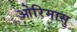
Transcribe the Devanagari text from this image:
ओरिमासु